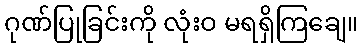
ဂုဏ်ပြုခြင်းကို လုံးဝ မရရှိကြချေ။